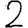
Digit: 2